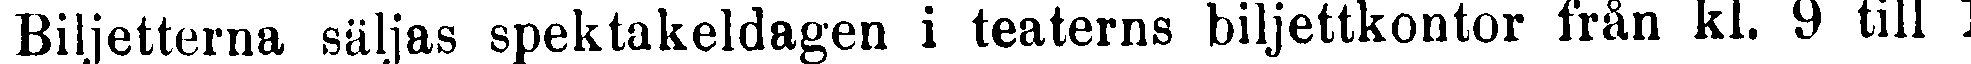
Biljetterna säljas spektakeldagen i teaterns biljettkontor från kl. 9 till 1